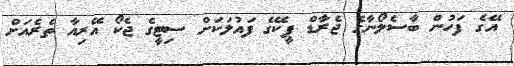
އޭގެ ފަހުން ބާސެލޯނާގެ ޖެރާޑް ޕީކޭގެ ފައުލަކަށް ސިޓީގެ ޖެކޯ އޭރިއާ ތެރެއަށް